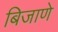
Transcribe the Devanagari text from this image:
बिजाणे